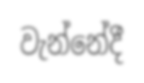
වැන්නේදී